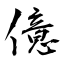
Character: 億